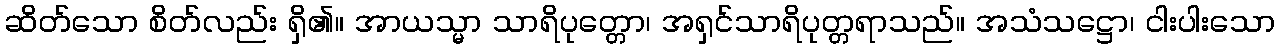
ဆိတ်သော စိတ်လည်း ရှိ၏။ အာယသ္မာ သာရိပုတ္တော၊ အရှင်သာရိပုတ္တရာသည်။ အသံသဋ္ဌော၊ ငါးပါးသော